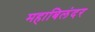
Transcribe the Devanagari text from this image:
महाबिलंदर